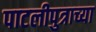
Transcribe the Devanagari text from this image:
पाटलीपुत्राच्या